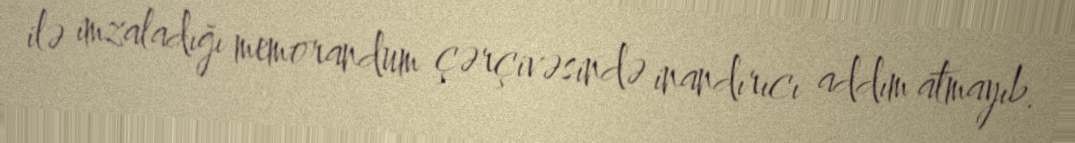
ilə imzaladığı memorandum çərçivəsində inandırıcı addım atmayıb.